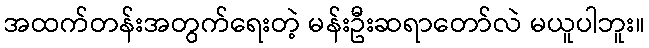
အထက်တန်းအတွက်ရေးတဲ့ မန်းဦးဆရာတော်လဲ မယူပါဘူး။